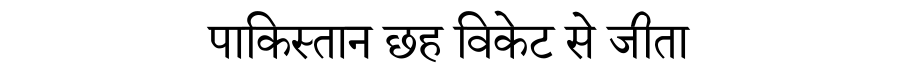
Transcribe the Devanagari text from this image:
पाकिस्तान छह विकेट से जीता